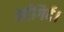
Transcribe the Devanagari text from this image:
इर्दगिर्द।